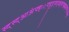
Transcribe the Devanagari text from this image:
स्द्स्द्आअ॑फ्ङ्ः़फ्ट्ट्ड़्फ्ड्क्ष्ड्क्ष्झ्झ्झ्क्ष्फ्॰फ्फ्ङ्